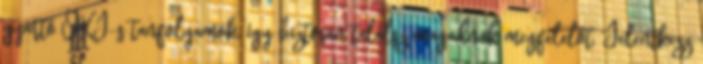
gyártó OKJ-s tanfolyamok, így biztosan találsz magadnak megfelelőt. Jelentkezz